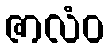
ဇာလံဝ